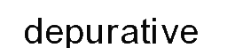
depurative